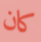
كان